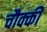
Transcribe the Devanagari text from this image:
चौक्की